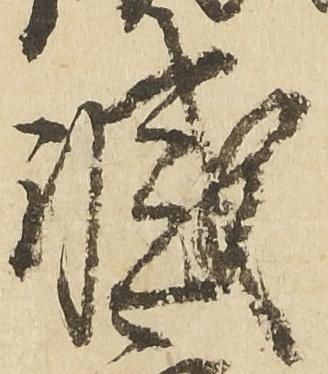
滅